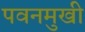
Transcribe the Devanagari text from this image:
पवनमुखी